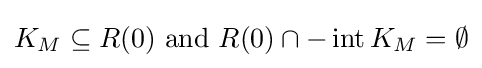
K_{M}\subseteq R(0){\text{ and }}R(0)\cap -\operatorname {int} K_{M}=\emptyset